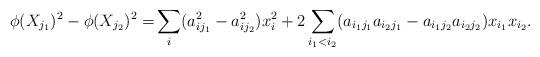
LaTeX: \begin{align*}\phi(X_{j_1})^2 - \phi(X_{j_2})^2 =& \sum_i (a_{ij_1}^2 - a_{ij_2}^2)x_i^2 + 2\sum_{i_1 < i_2} (a_{i_1j_1}a_{i_2j_1} - a_{i_1j_2}a_{i_2j_2})x_{i_1}x_{i_2}.\end{align*}